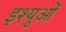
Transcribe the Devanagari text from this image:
इश्युओं